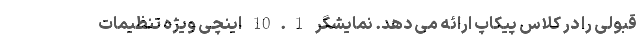
قبولی را در کلاس پیکاپ ارائه می دهد. نمایشگر 10.1 اینچی ویژه تنظیمات